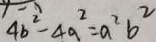
4 b ^ { 2 } - 4 a ^ { 2 } = a ^ { 2 } b ^ { 2 }